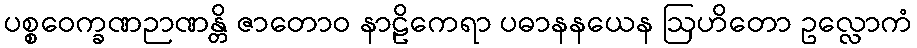
ပစ္စဝေက္ခဏဉာဏန္တိ ဇာတောဝ နာဠိကေရာ ပဓာနနယေန ဩဟိတော ဥလ္လောကံ